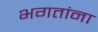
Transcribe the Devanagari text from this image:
भगतांना